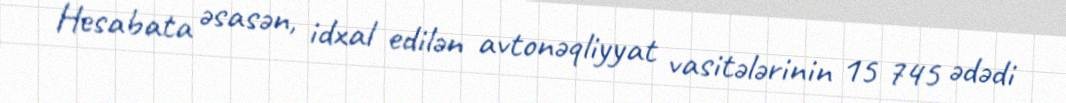
Hesabata əsasən, idxal edilən avtonəqliyyat vasitələrinin 15 745 ədədi